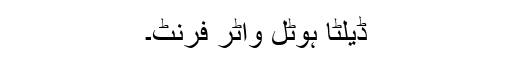
ڈیلٹا ہوٹل واٹر فرنٹ۔